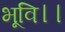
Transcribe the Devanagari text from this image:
भूवि।।